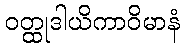
ဝတ္ထုဒါယိကာဝိမာနံ